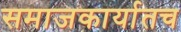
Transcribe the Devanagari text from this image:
समाजकार्यातच